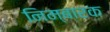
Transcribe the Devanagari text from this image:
निम्बारक